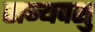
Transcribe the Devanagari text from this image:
राज्यपशु